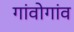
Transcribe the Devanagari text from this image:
गांवोगांव